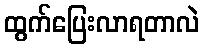
ထွက်ပြေးလာရတာလဲ